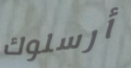
أرسلوك